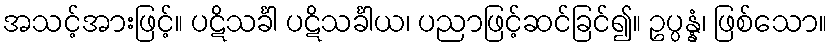
အသင့်အားဖြင့်။ ပဋိသင်္ခါ ပဋိသင်္ခါယ၊ ပညာဖြင့်ဆင်ခြင်၍။ ဥပ္ပန္နံ၊ ဖြစ်သော။